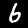
Label: 6